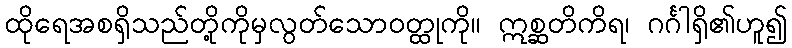
ထိုရေအစရှိသည်တို့ကိုမှလွတ်သောဝတ္ထုကို။ ဣစ္ဆတိကိရ၊ ဂင်္ဂါရှိ၏ဟူ၍